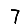
Digit: 7